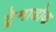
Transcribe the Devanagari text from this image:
ट्रेमाडोक